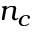
n _ { c }